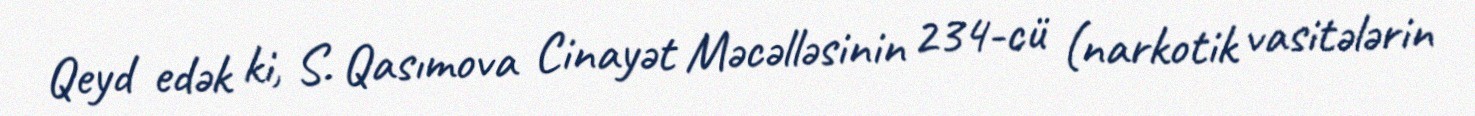
Qeyd edək ki, S. Qasımova Cinayət Məcəlləsinin 234-cü (narkotik vasitələrin